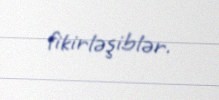
fikirləşiblər.